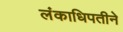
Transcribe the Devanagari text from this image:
लंकाधिपतीने